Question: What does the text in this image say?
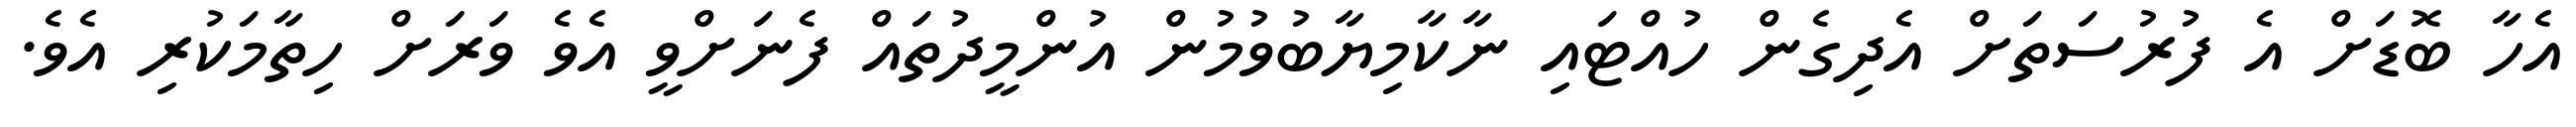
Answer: އެހާ ބޮޑަށް އެ ފުރުސަތަށް އެދިގެން ހުއްޓައި ނާކާމިޔާބުވުމުން އުންމީދުތައް ފެނަށްވީ އެވެ ވަރަށް ހިތާމަކުރި އެވެ.